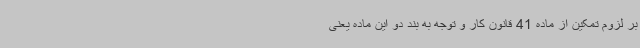
بر لزوم تمکین از ماده 41 قانون کار و توجه به بند دو این ماده یعنی